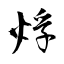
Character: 烰